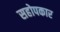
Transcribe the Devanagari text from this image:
सहोपकार